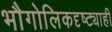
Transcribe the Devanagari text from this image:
भौगोलिकदृष्ट्याही